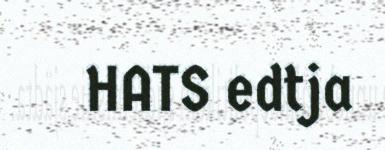
HATS edtja